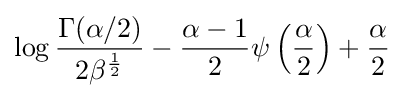
\log {\frac {\Gamma (\alpha /2)}{2\beta ^{\frac {1}{2}}}}-{\frac {\alpha -1}{2}}\psi \left({\frac {\alpha }{2}}\right)+{\frac {\alpha }{2}}